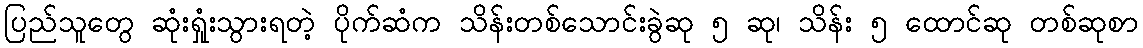
ပြည်သူတွေ ဆုံးရှုံးသွားရတဲ့ ပိုက်ဆံက သိန်းတစ်သောင်းခွဲဆု ၅ ဆု၊ သိန်း ၅ ထောင်ဆု တစ်ဆုစာ